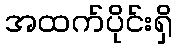
အထက်ပိုင်းရှိ